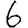
Digit: 6